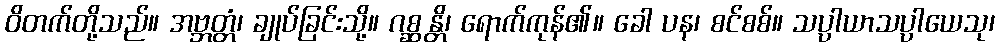
ဝိတက်တို့သည်။ အဗ္ဘတ္တံ၊ ချုပ်ခြင်းသို့။ ဂစ္ဆန္တိ၊ ရောက်ကုန်၏။ ခေါ ပန၊ စင်စစ်။ သပ္ပာယာသပ္ပာယေသု၊